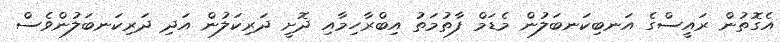
އެގޮތުން ރައީސްގެ އަނބިކަނބަލުން މެޑަމް ފާތުމަތު އިބްރާހިމާއި ދޮށީ ދަރިކަލުން އަދި ދަރިކަނބަލުންވެސް